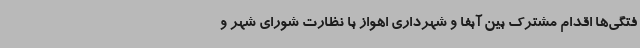
فتگی‌ها اقدام مشترک بین آبفا و شهرداری اهواز با نظارت شورای شهر و